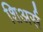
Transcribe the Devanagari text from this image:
शिअर्स